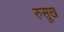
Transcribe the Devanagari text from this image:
रुसूख